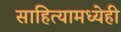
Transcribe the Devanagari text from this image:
साहित्यामध्येही